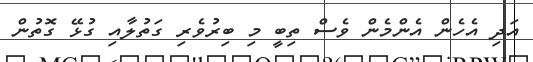
އަދި އެހެން އެންމެން ވެސް ތިބީ މި ބިރުވެރި ގަތުލާއި ގުޅޭ ގޮތުން